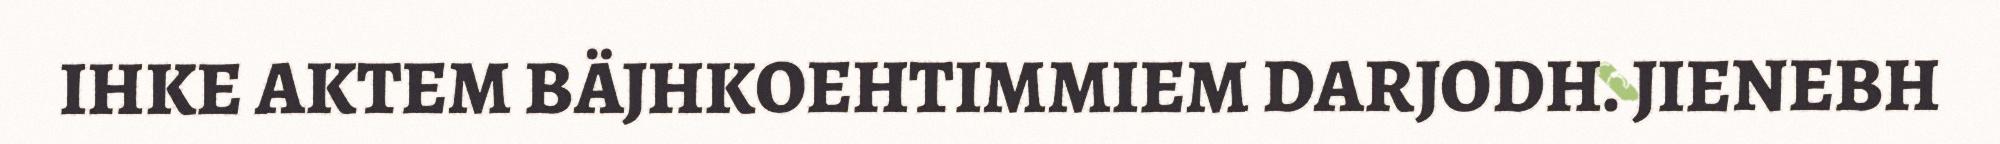
IHKE AKTEM BÄJHKOEHTIMMIEM DARJODH. JIENEBH